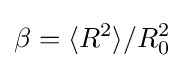
\beta =\langle R^{2}\rangle /R_{0}^{2}